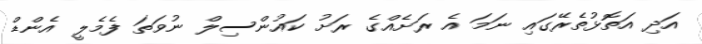
އަދި އަތޮޅުތެރޭގައި ނަމަ އެ ރަށެއްގެ ރަށު ކައުންސިލް ނުވަތަ ފެމެލީ އެންޑް